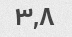
۳,۸